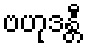
ဗဟုဒန္တီ